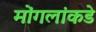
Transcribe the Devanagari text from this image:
मोंगलांकडे